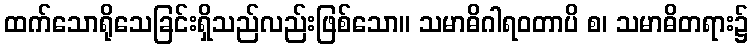
ထက်သောရိုသေခြင်းရှိသည်လည်းဖြစ်သော။ သမာဓိဂါရဝတာပိ စ၊ သမာဓိတရား၌